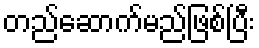
တည်ဆောက်မည်ဖြစ်ပြီး